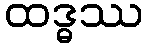
ထဒ္ဓဿ